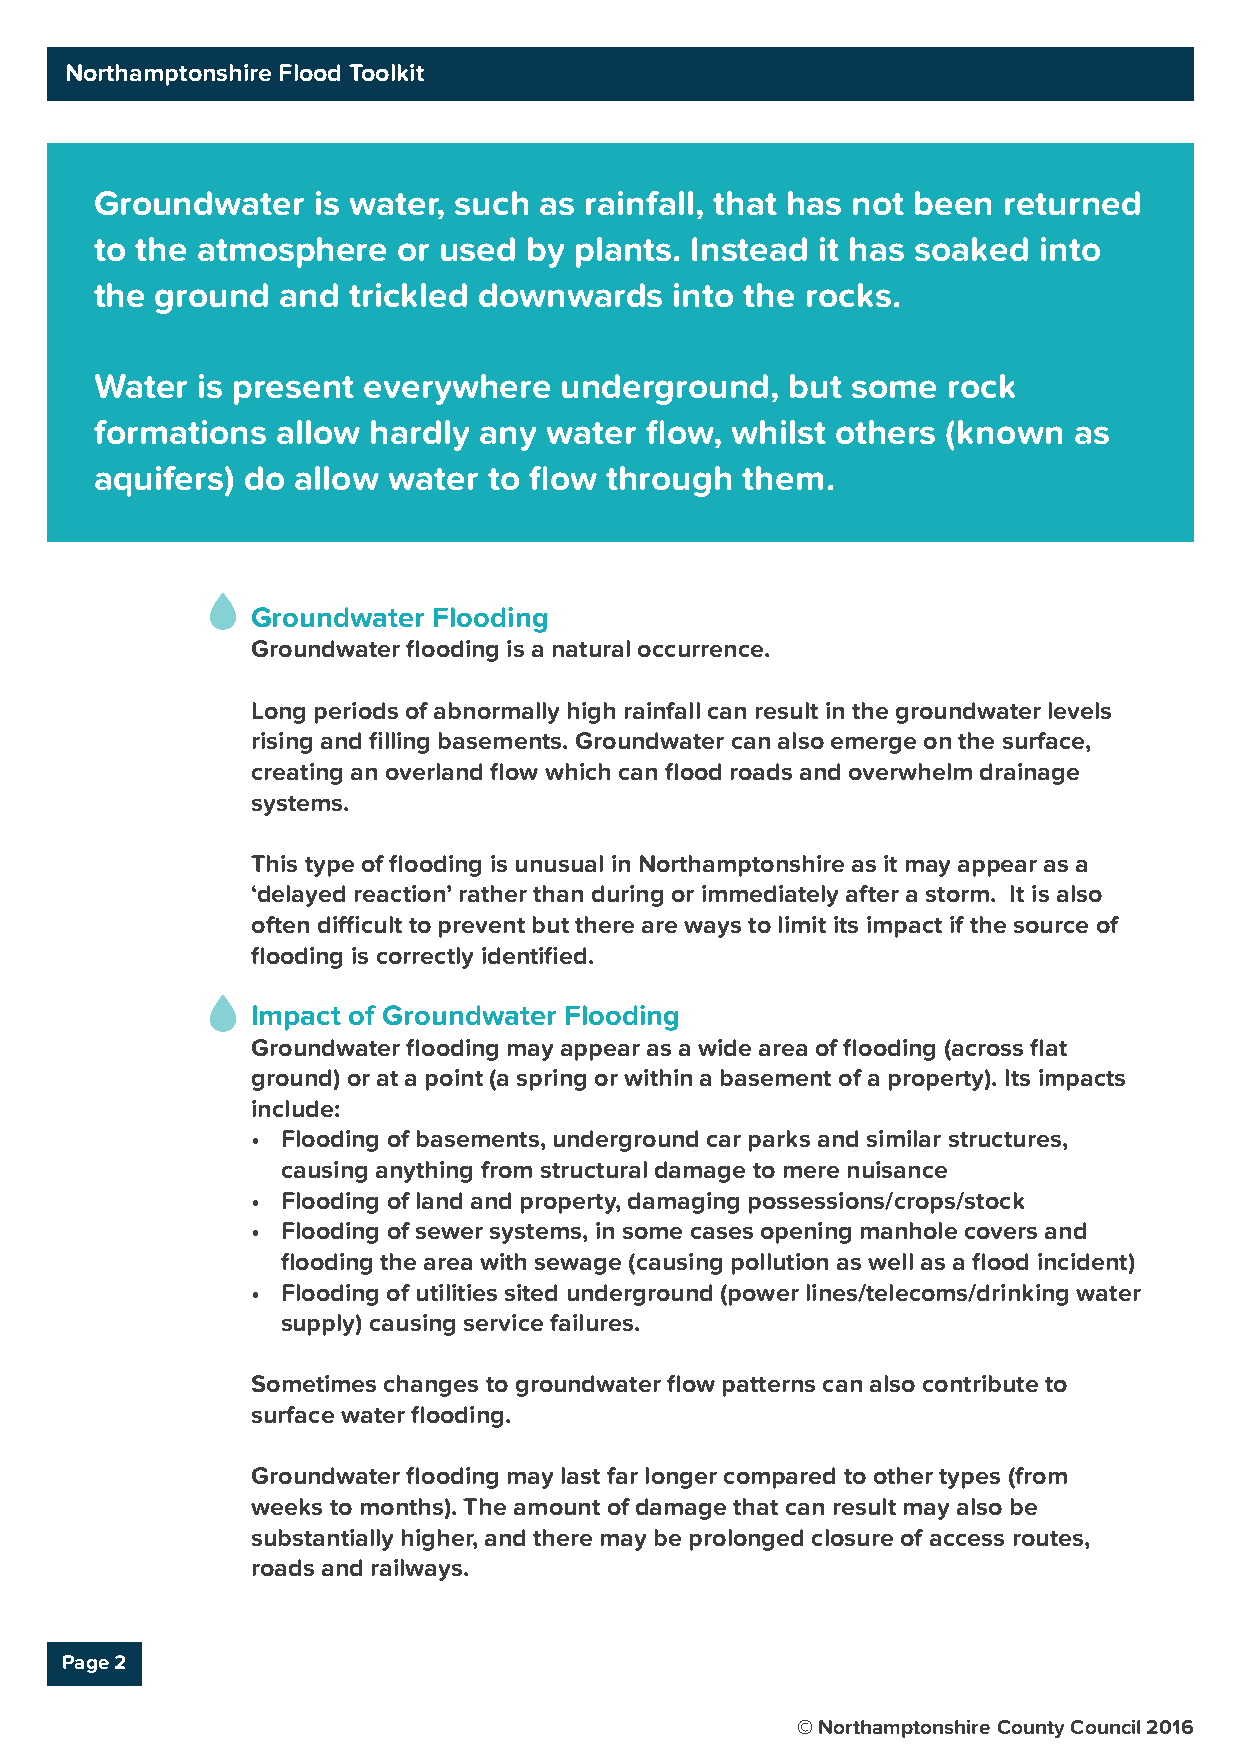
Northamptonshire Flood Toolkit
 Groundwater    is water, such as rainfall, that has not been returned
 to the atmosphere   or used  by plants. Instead it has soaked  into
 the ground   and trickled downwards    into the rocks.
 Water  is present everywhere   underground,   but some   rock
 formations  allow hardly  any water  flow, whilst others (known  as
 aquifers) do allow  water to flow through  them.
 Groundwater Flooding
 Groundwater flooding is a natural occurrence.
 Long periods of abnormally high rainfall can result in the groundwater levels
 rising and filling basements. Groundwater can also emerge on the surface,
 creating an overland flow which can flood roads and overwhelm drainage
 systems.
 This type of flooding is unusual in Northamptonshire as it may appear as a
 ‘delayed reaction’ rather than during or immediately after a storm. It is also
 often difficult to prevent but there are ways to limit its impact if the source of
 flooding is correctly identified.
 Impact of Groundwater Flooding
 Groundwater flooding may appear as a wide area of flooding (across flat
 ground) or at a point (a spring or within a basement of a property). Its impacts
 include:
 • Flooding of basements, underground car parks and similar structures,
 causing anything from structural damage to mere nuisance
 • Flooding of land and property, damaging possessions/crops/stock
 • Flooding of sewer systems, in some cases opening manhole covers and
 flooding the area with sewage (causing pollution as well as a flood incident)
 • Flooding of utilities sited underground (power lines/telecoms/drinking water
 supply) causing service failures.
 Sometimes changes to groundwater flow patterns can also contribute to
 surface water flooding.
 Groundwater flooding may last far longer compared to other types (from
 weeks to months). The amount of damage that can result may also be
 substantially higher, and there may be prolonged closure of access routes,
 roads and railways.
 Page 2
 © Northamptonshire County Council 2016